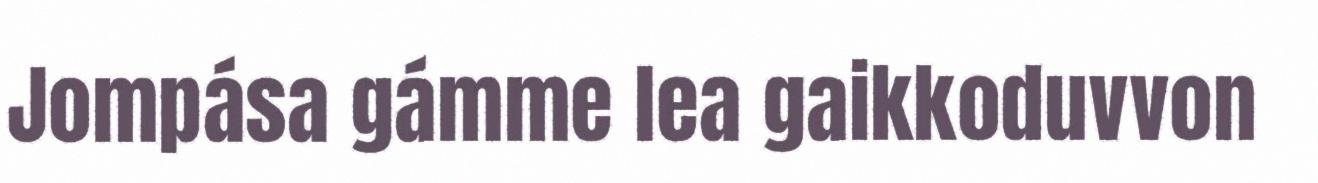
Jompása gámme lea gaikkoduvvon